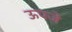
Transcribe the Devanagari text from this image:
ऊपजे